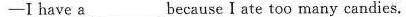
—I have a___because I ate too many candies.